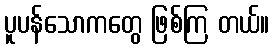
ပူပန်သောကတွေ ဖြစ်ကြ တယ်။